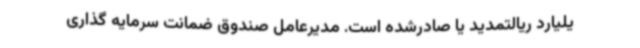
یلیارد ریالتمدید یا صادرشده است. مدیرعامل صندوق ضمانت سرمایه گذاری